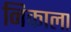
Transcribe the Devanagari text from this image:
निकाला